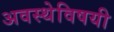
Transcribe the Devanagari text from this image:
अवस्थेविषयी